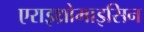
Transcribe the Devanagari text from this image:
एराइथ्रोमाइसिन